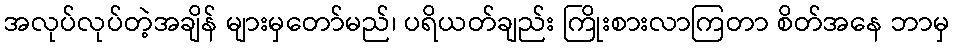
အလုပ်လုပ်တဲ့အချိန် များမှတော်မည်၊ ပရိယတ်ချည်း ကြိုးစားလာကြတာ စိတ်အနေ ဘာမှ